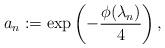
LaTeX: \begin{align*}a_{n}:=\exp\left(-\frac{\phi(\lambda_{n})}{4}\right),\end{align*}